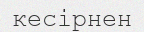
кесірнен